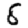
Digit: 8